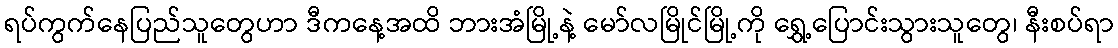
ရပ်ကွက်နေပြည်သူတွေဟာ ဒီကနေ့အထိ ဘားအံမြို့နဲ့ မော်လမြိုင်မြို့ကို ရွှေ့ပြောင်းသွားသူတွေ၊ နီးစပ်ရာ